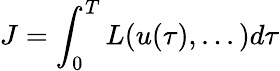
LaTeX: J=\int_{0}^{T}L(u(\tau),...)d\tau